Report on metropolitan horse fairs and district horse shows of 1891-92 - 1891-1892
Year: 1891
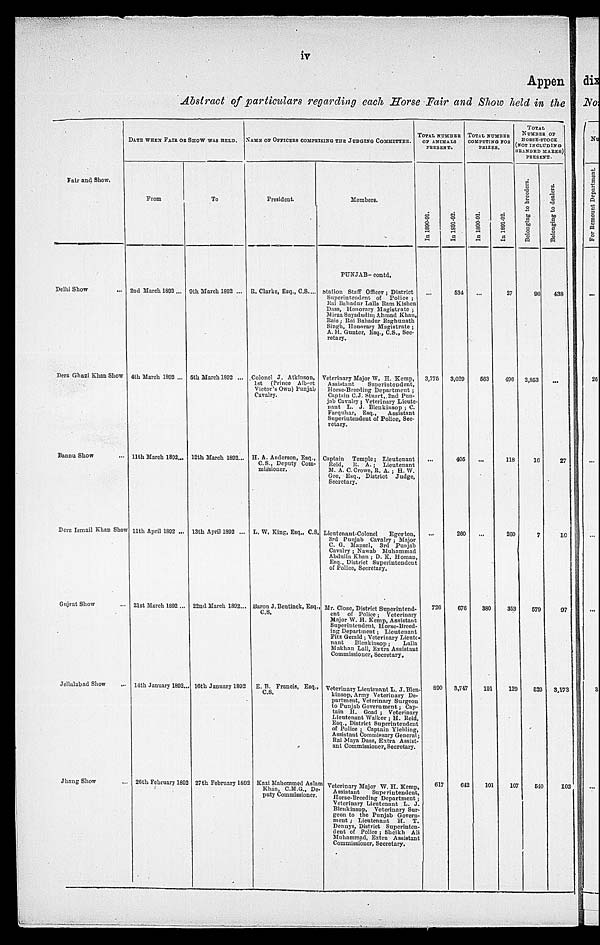
iv
Appen
Abstract of particulars regarding each Horse Fair and Show held in the
Fair and Show.
Delhi Show ...
Dera Ghazi Khan Show
Bannu Show ...
Dera Ismail Khan Show
Gujrat Show ...
Jellalabad Show ...
Jhang Show ...
DATE WHEN FAIR OR SHOW WAS HELD.
From
2nd March 1892 ...
4th March 1892 ...
11th March 1892...
11th April 1892 ...
21st March 1892 ...
14th January 1892...
26th February 1892
To
9th March 1892 ...
5th March 1892 ...
12th March 1892...
13th April 1892 ...
22nd March 1892...
16th January 1892
27th February 1892
NAME OF OFFICERS COMPRISING THE JUDGING COMMITTEE.
President.
R. Clarke, Esq., C.S. ...
Colonel J. Atkinson,
1st (Prince Albert
Victor's Own) Punjab
Cavalry.
H. A. Anderson, Esq.,
C.S., Deputy Com-
missioner.
L. W. King, Esq., C.S.
Baron J. Bentinck, Esq.
C.S.
E. B. Francis, Esq.,
C.S.
Kazi Mahommed Aslam
Khan, C.M.G., De-
puty Commissioner.
Members.
PUNJAB - contd.
Station Staff Officer ; District
Superintendent of Police ;
Rai Bahadur Lalla Ram Kishen
Dass, Honorary Magistrate ;
Mirza Sayadudin ; Ahmad Khan
Rais ; Rai Bahadur Raghunath
Singh, Honorary Magistrate ;
A. H. Gunter, Esq., C.S., Sec-
retary.
Veterinary Major W. H. Kemp,
Assistant
Superintendent,
Horse-Breeding Department ;
Captain C.J. Stuart, 2nd Pun-
jab Cavalry ; Veterinary Licute-
nant L. J. Blenkinsop ; C.
Farquhar, Esq.,
Assistant
Superintendent of Police, Sec-
retary.
Captain Temple ; Lieutenant
Reid, R. A. ; Lieutenant
M. A. C. Crowe, R. A. ; H. W.
Gee, Esq., District Judge
Secretary.
Lieutenant-Colonel
Egerton
3rd Punjab Cavalry ; Major
C. G. Mansel, 3rd Punjab
Cavalry ; Nawab Muhammad
Abdulla Khan ; D. K. Homau,
Esq., District Superintendent
of Police, Secretary.
Mr. Close, District Superintend-
ent of Police ; Veterinary
Major W. H. Kemp, Assistant
Superintendent, Horse-Breed-
ing Department ; Lieutenant
Fitz Gerald ; Veterinary Lieute-
nant
Blenkinsop ; Lalla
Makhan Lall, Extra Assistant
Commissioner, Secretary.
Veterinary Lieutenant L. J. Blen-
kinsop, Army Veterinary De-
partment, Veterinary Surgeon
to Punjab Government ; Cap-
tain H. Goad ; Veterinary
Lieutenant Walker ; H. Reid,
Esq., District Superintendent
of Police ; Captain Yielding,
Assistant Commissary General ;
Rai Maya Dass, Extra Assist-
ant Commissioner, Secretary.
Veterinary Major W. H. Kemp,
Assistant Superintendent,
Horse-Breeding Department ;
Veterinary Lieutenant L. J.
Blenkinsop, Veterinary Sur-
geon to the Punjab Govern-
ment ; Lieutenant H. T.
Dennys, District Superinten-
dent of Police ; Sheikh Ali
Muhammad, Extra Assistant
Commissioner, Secretary,
TOTAL NUMBER
OF ANIMALS
PRESENT.
In 1890-91
...
3,775
...
...
726
890
617
In 1891-92.
534
3,020
405
260
676
3,747
642
TOTAL NUMBER
COMPERING FOR
PRIZES.
In 1890-91.
...
563
...
...
380
191
101
In 1891-92.
27
496
118
260
353
129
107
TOTAL
NUMBER OF
HORSE-STOCK
(NOT INCLUDING
BRANDED MARES)
PRESENT.
Belonging to breeders
96
2,853
16
7
579
529
540
Belonging to dealers.
438
...
27
10
97
3,173
102